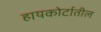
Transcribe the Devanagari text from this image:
हायकोर्टातील